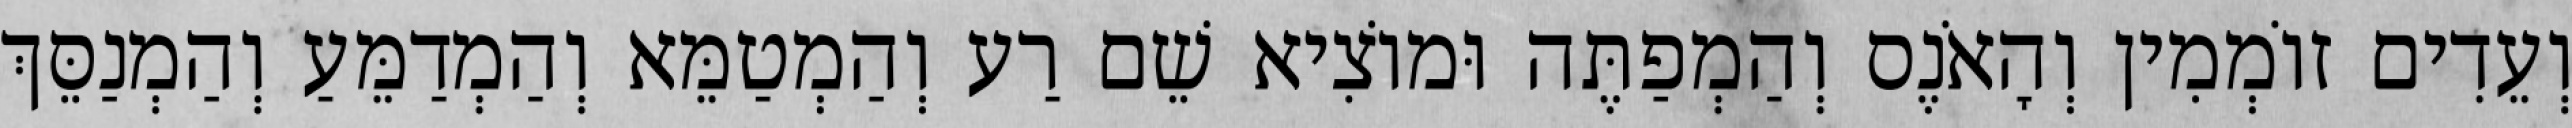
וְעֵדִים זוֹמְמִין וְהָאֹנֶס וְהַמְפַתֶּה וּמוֹצִיא שֵׁם רַע וְהַמְטַמֵּא וְהַמְדַמֵּעַ וְהַמְנַסֵּךְ